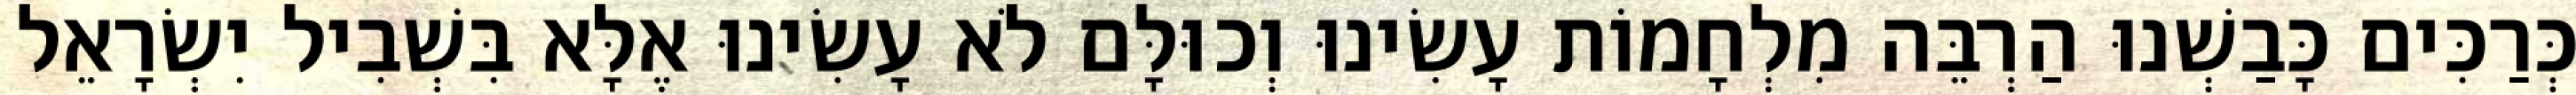
כְּרַכִּים כָּבַשְׁנוּ הַרְבֵּה מִלְחָמוֹת עָשִׂינוּ וְכוּלָּם לֹא עָשִׂינוּ אֶלָּא בִּשְׁבִיל יִשְׂרָאֵל